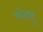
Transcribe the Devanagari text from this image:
चोळर्